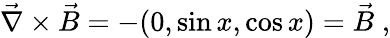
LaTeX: \vec{\nabla}\times\vec{B}=-(0,\sin x,\cos x)=\vec{B}\; ,